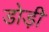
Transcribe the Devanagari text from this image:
डोड़ी